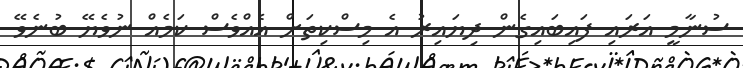
ސުނާމީ އަރައި ފައިބައިގެން ދިޔައިރު އެ މިސްކިތަށް އެއްވެސް ކަމެއް ނުވެޔޭ ބުނެވޭ